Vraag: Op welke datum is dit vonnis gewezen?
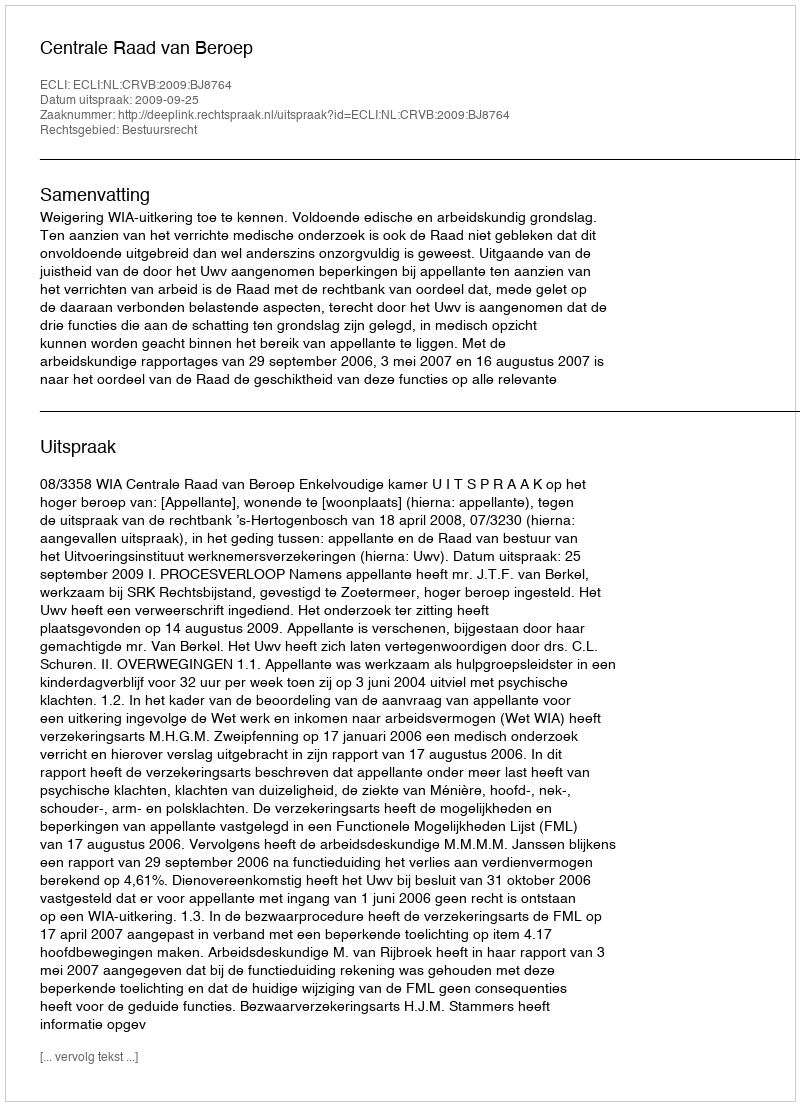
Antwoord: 2009-09-25